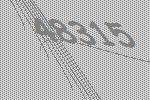
48315